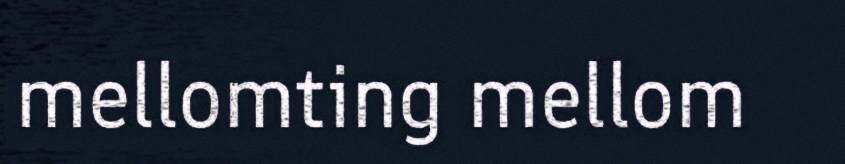
mellomting mellom